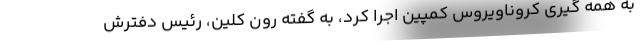
به همه گیری کروناویروس کمپین اجرا کرد، به گفته رون کلین، رئیس دفترش